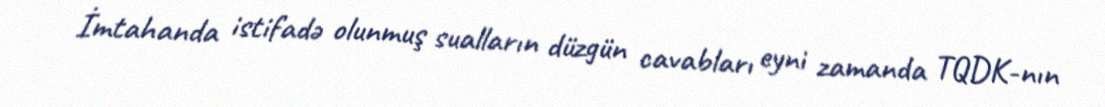
İmtahanda istifadə olunmuş sualların düzgün cavabları eyni zamanda TQDK-nın